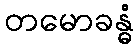
တမောခန္ဓံ